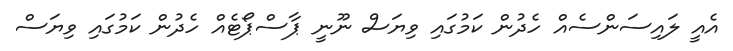
އެއީ ލައިސަންސެއް ހެދުން ކަމުގައި ވިޔަސް ނޫނީ ޕާސްޕޯޓެއް ހެދުން ކަމުގައި ވިޔަސް